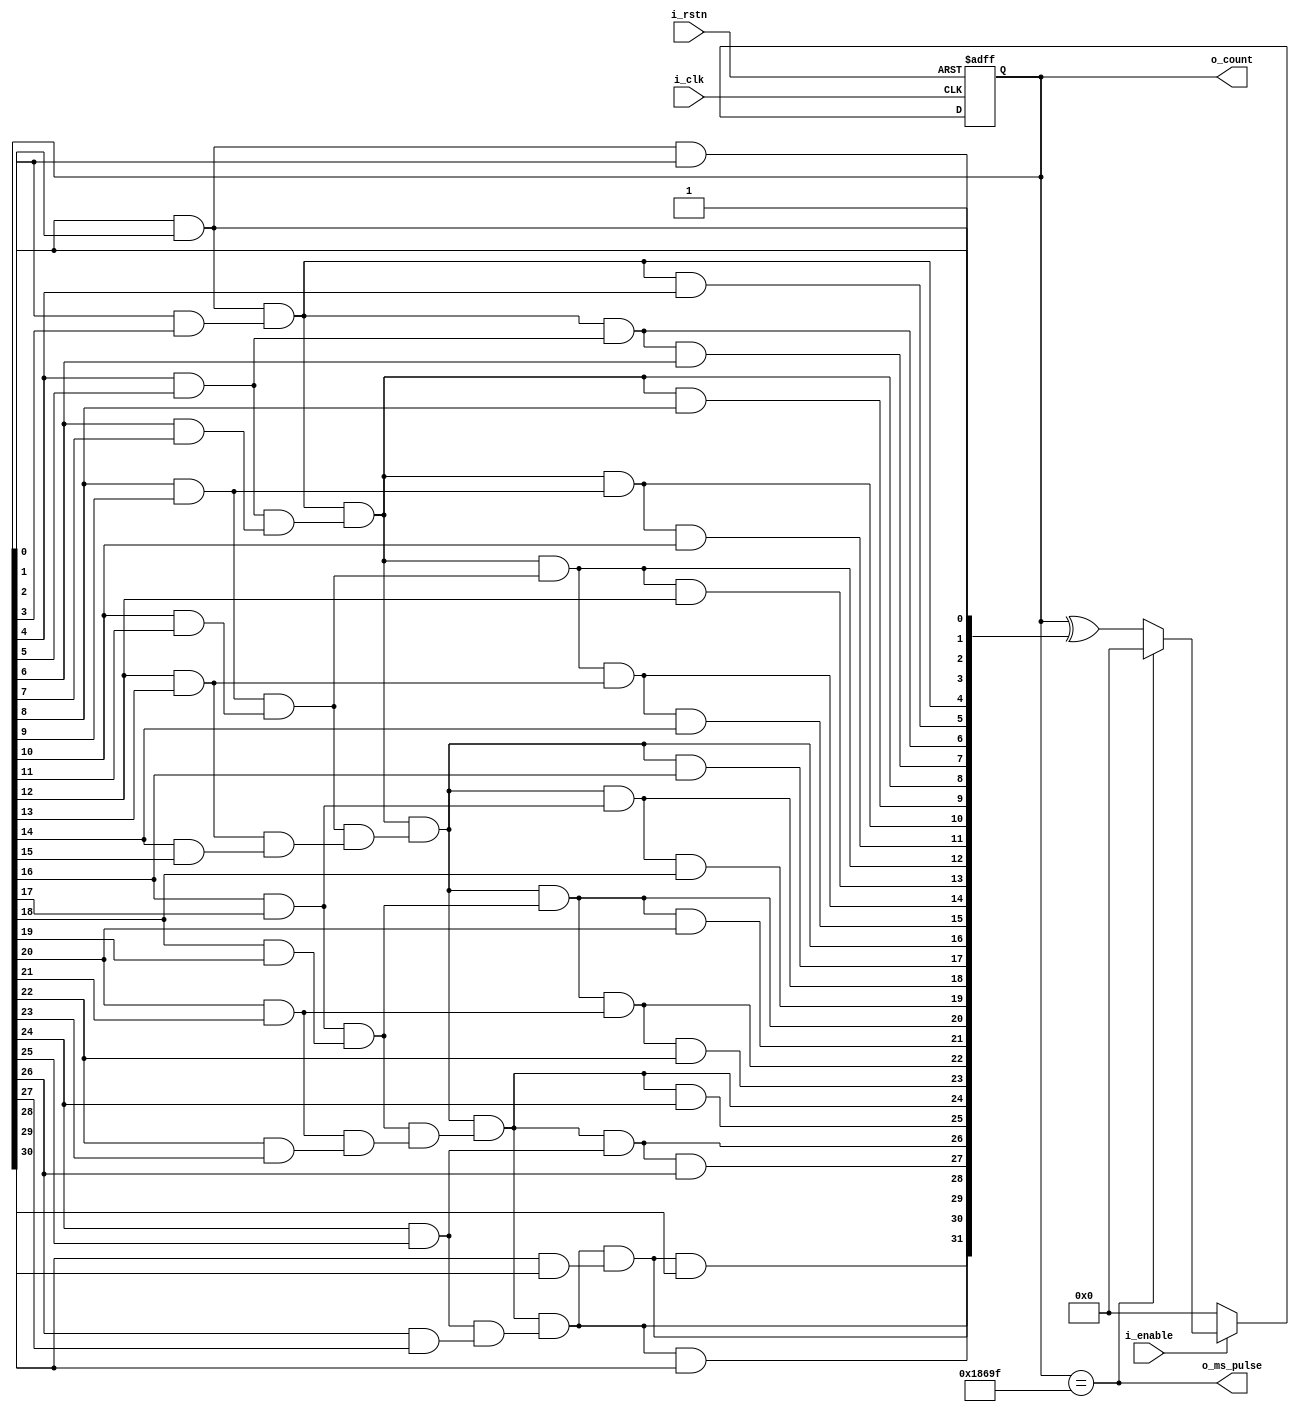
module Counter32Bit2(/*AUTOARG*/
   // Outputs
   o_count, o_ms_pulse,
   // Inputs
   i_clk, i_rstn, i_enable
   );
   input i_clk;
   input i_rstn;
   input i_enable; // also acts as a synchronous reset

   output [31:0] o_count;
   output	 o_ms_pulse;

   reg [31:0] 	 r_count;
   localparam [31:0] c_limit = 32'd99999;

   wire [30:0] 	 w_and_tree;
   wire [31:0] 	 w_toggle;

   assign o_ms_pulse = r_count == c_limit;

   assign w_and_tree[0] = r_count[0] & r_count[1];
   assign w_and_tree[1] = r_count[2] & r_count[3];
   assign w_and_tree[2] = r_count[4] & r_count[5];
   assign w_and_tree[3] = r_count[6] & r_count[7];
   assign w_and_tree[4] = r_count[8] & r_count[9];
   assign w_and_tree[5] = r_count[10] & r_count[11];
   assign w_and_tree[6] = r_count[12] & r_count[13];
   assign w_and_tree[7] = r_count[14] & r_count[15];
   assign w_and_tree[8] = r_count[16] & r_count[17];
   assign w_and_tree[9] = r_count[18] & r_count[19];
   assign w_and_tree[10] = r_count[20] & r_count[21];
   assign w_and_tree[11] = r_count[22] & r_count[23];
   assign w_and_tree[12] = r_count[24] & r_count[25];
   assign w_and_tree[13] = r_count[26] & r_count[27];
   assign w_and_tree[14] = r_count[28] & r_count[29];
   assign w_and_tree[15] = r_count[30] & r_count[31];

   assign w_and_tree[16] = w_and_tree[0] & w_and_tree[1];
   assign w_and_tree[17] = w_and_tree[2] & w_and_tree[3];
   assign w_and_tree[18] = w_and_tree[4] & w_and_tree[5];
   assign w_and_tree[19] = w_and_tree[6] & w_and_tree[7];
   assign w_and_tree[20] = w_and_tree[8] & w_and_tree[9];
   assign w_and_tree[21] = w_and_tree[10] & w_and_tree[11];
   assign w_and_tree[22] = w_and_tree[12] & w_and_tree[13];
   assign w_and_tree[23] = w_and_tree[14] & w_and_tree[15];

   assign w_and_tree[24] = w_and_tree[16] & w_and_tree[17];
   assign w_and_tree[25] = w_and_tree[18] & w_and_tree[19];
   assign w_and_tree[26] = w_and_tree[20] & w_and_tree[21];
   assign w_and_tree[27] = w_and_tree[22] & w_and_tree[23];

   assign w_and_tree[28] = w_and_tree[24] & w_and_tree[25];
   assign w_and_tree[29] = w_and_tree[26] & w_and_tree[27];

   assign w_and_tree[30] = w_and_tree[28] & w_and_tree[29];

   
   assign w_toggle[0] = 1'b1; // 0
   assign w_toggle[1] = r_count[0]; // 0
   assign w_toggle[2] = w_and_tree[0]; // 1
   assign w_toggle[3] = w_toggle[2] & r_count[2]; // 2
   assign w_toggle[4] = w_and_tree[16]; // 2
   assign w_toggle[5] = w_toggle[4] & r_count[4]; // 3
   assign w_toggle[6] = w_toggle[4] & w_and_tree[2]; // 3
   assign w_toggle[7] = w_toggle[6] & r_count[6]; // 4
   assign w_toggle[8] = w_and_tree[24]; // 3
   assign w_toggle[9] = w_toggle[8] & r_count[8]; // 4
   assign w_toggle[10] = w_toggle[8] & w_and_tree[4]; // 4
   assign w_toggle[11] = w_toggle[10] & r_count[10]; // 5
   assign w_toggle[12] = w_toggle[8] & w_and_tree[18]; // 5
   assign w_toggle[13] = w_toggle[12] & r_count[12]; // 6
   assign w_toggle[14] = w_toggle[12] & w_and_tree[6]; // 6
   assign w_toggle[15] = w_toggle[14] & r_count[14]; // 7
   assign w_toggle[16] = w_and_tree[28]; // 4
   assign w_toggle[17] = w_toggle[16] & r_count[16]; // 5
   assign w_toggle[18] = w_toggle[16] & w_and_tree[8]; // 5
   assign w_toggle[19] = w_toggle[18] & r_count[18]; // 6
   assign w_toggle[20] = w_toggle[16] & w_and_tree[20]; // 5
   assign w_toggle[21] = w_toggle[20] & r_count[20];
   assign w_toggle[22] = w_toggle[20] & w_and_tree[10];
   assign w_toggle[23] = w_toggle[22] & r_count[22];
   assign w_toggle[24] = w_toggle[16] & w_and_tree[26];
   assign w_toggle[25] = w_toggle[24] & r_count[24];
   assign w_toggle[26] = w_toggle[24] & w_and_tree[12];
   assign w_toggle[27] = w_toggle[26] & r_count[26];
   assign w_toggle[28] = w_toggle[24] & w_and_tree[22];
   assign w_toggle[29] = w_toggle[28] & r_count[28];
   assign w_toggle[30] = w_toggle[28] & w_and_tree[14];
   assign w_toggle[31] = w_toggle[30] & r_count[30];
   
   always @(posedge i_clk or negedge i_rstn) begin
      if (!i_rstn) r_count <= 32'd0;
      else if (!i_enable) r_count <= 32'd0;
      else
	case(r_count)
	  c_limit: r_count <= 32'd0;
	  default: r_count <= r_count ^ w_toggle;
	endcase // case (r_count)
   end

   assign o_count = r_count;

endmodule // Counter32Bit2